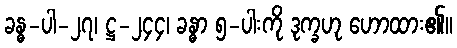
ခန္ဓ-ပါ-၂၇၊ ဋ္ဌ-၂၄၄၊ ခန္ဓာ ၅-ပါးကို ဒုက္ခဟု ဟောထား၏။